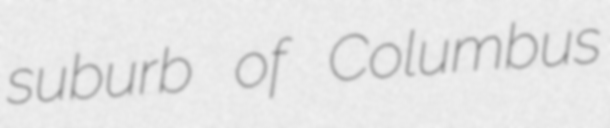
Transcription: suburb of Columbus